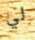
لي